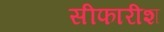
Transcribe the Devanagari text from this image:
सीफारीश